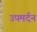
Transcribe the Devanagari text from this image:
उपमर्दन